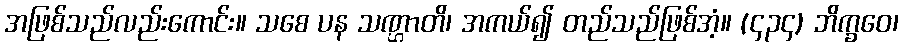
အဖြစ်သည်လည်းကောင်း။ သစေ ပန သဏ္ဌာတိ၊ အကယ်၍ တည်သည်ဖြစ်အံ့။ (၄၃၄) ဘိက္ခဝေ၊